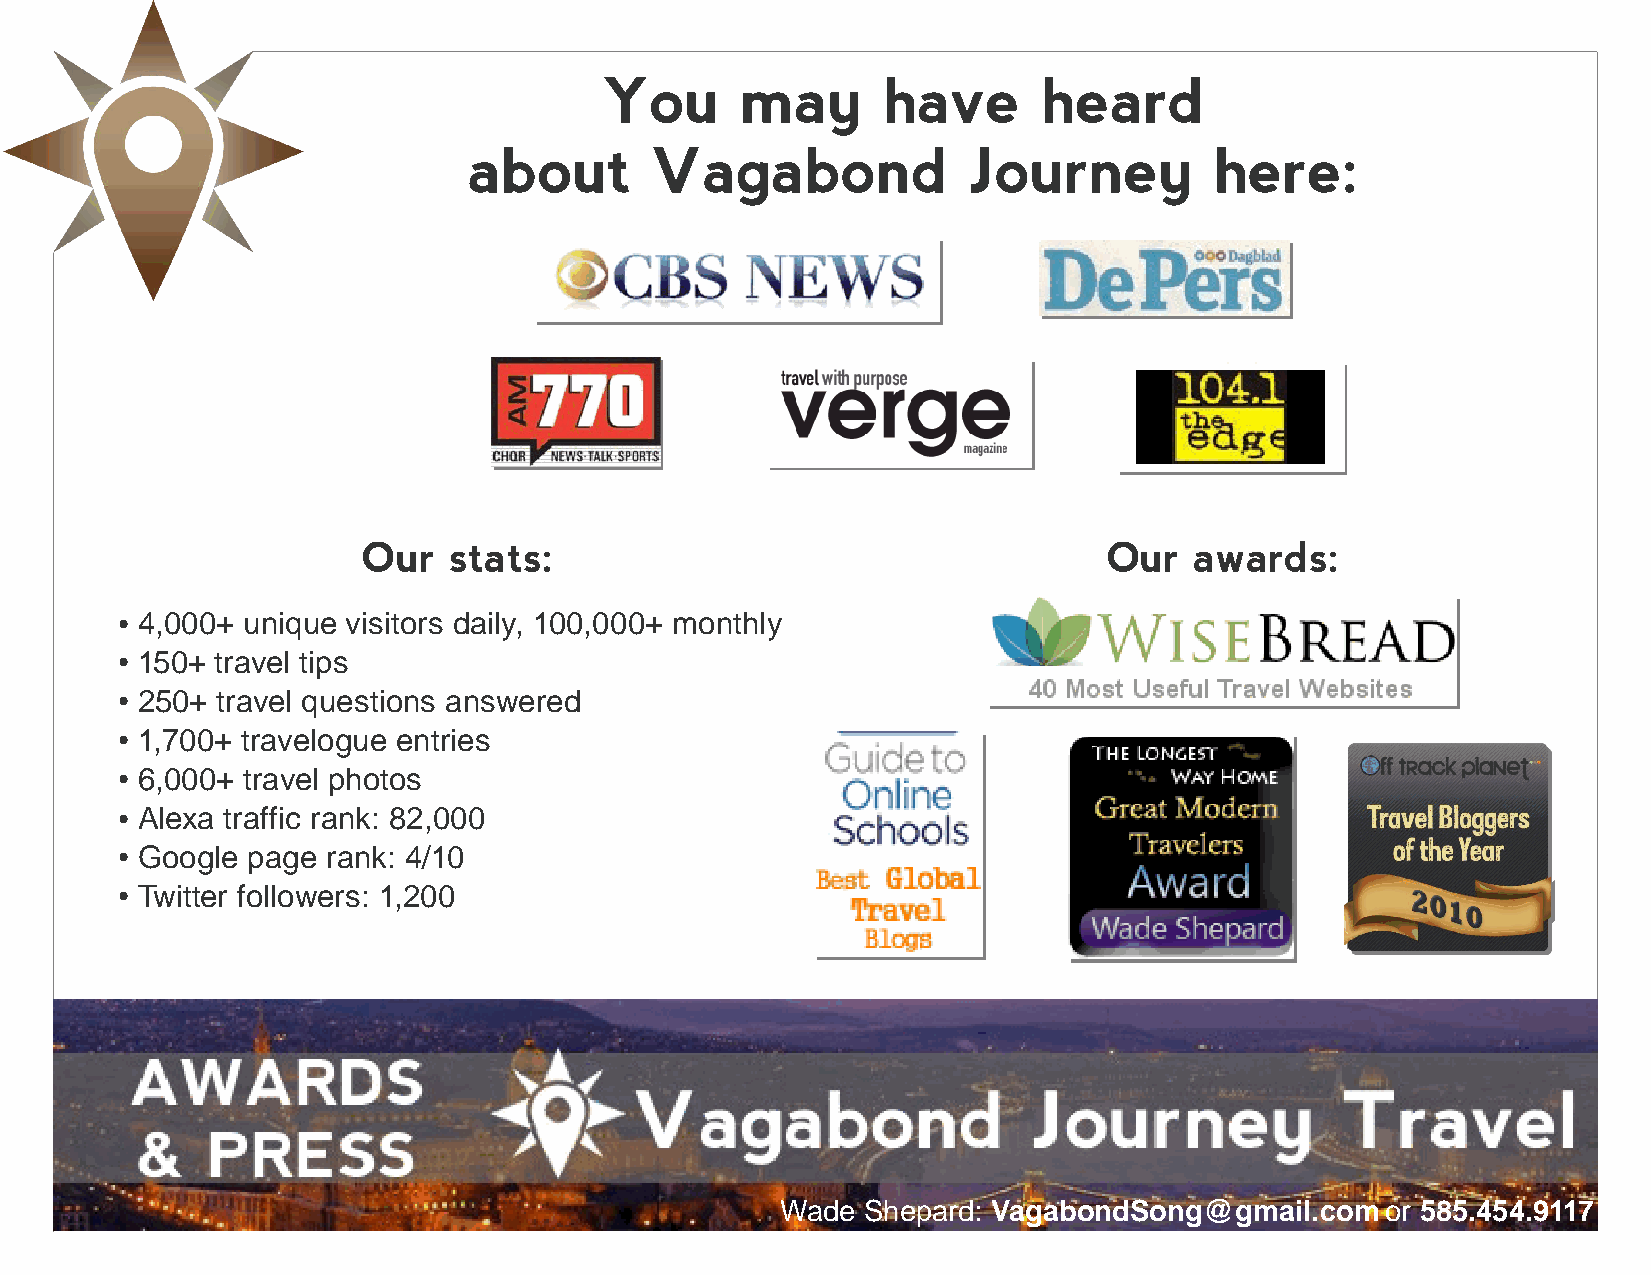
You      may      have       heard
 about       Vagabond             Journey         here:
 Our   stats:                                     Our   awards:
 4,000+ unique visitors daily, 100,000+ monthly
 ●
 150+ travel tips
 ●
 250+ travel questions answered
 ●
 1,700+ travelogue entries
 ●
 6,000+ travel photos
 ●
 Alexa traffic rank: 82,000
 ●
 Google page  rank: 4/10
 ●
 Twitter followers: 1,200
 ●
 Wade Shepard: VagabondSong@gmail.com    or 585.454.9117